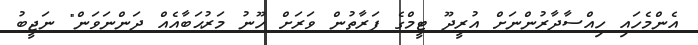
އެންމެހައި ހިއްސާދާރުންނަށް އުރީދޫ ޓީމްގެ ފަރާތުން ވަރަށް ހޫނު މަރުޙަބާއެއް ދަންނަވަން" ނަޖީބު